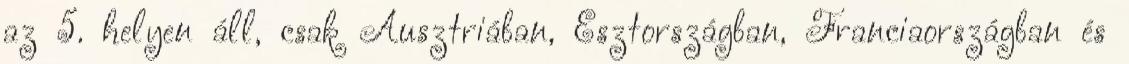
az 5. helyen áll, csak Ausztriában, Észtországban, Franciaországban és